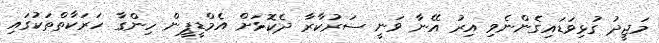
މަޖީދު ގުޅިވަޑައިގެންނެވި އިރު އޭނާ ވަނީ ސަރުކާރާ ދެކޮޅަށް އެމްޑީޕީން ހިންގާ ހަރަކާތްތަކުގައި